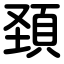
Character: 頚